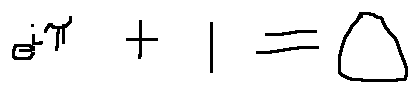
e ^ { i \pi } + 1 = 0